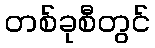
တစ်ခုစီတွင်